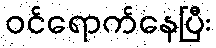
ဝင်ရောက်နေပြီး